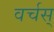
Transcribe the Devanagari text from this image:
वर्चस्